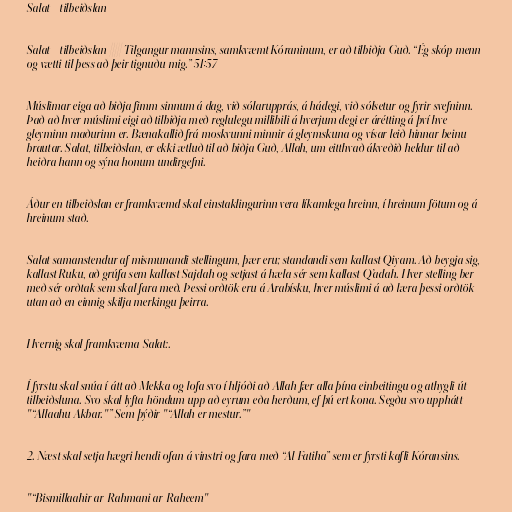
Salat - tilbeiðslan

Salat - tilbeiðslan ― Tilgangur mannsins, samkvæmt Kóraninum, er að tilbiðja Guð. “Ég skóp menn
og vætti til þess að þeir tignuðu mig.” 51:57

Múslimar eiga að biðja fimm sinnum á dag, við sólarupprás, á hádegi, við sólsetur og fyrir svefninn.
Það að hver múslimi eigi að tilbiðja með reglulegu millibili á hverjum degi er árétting á því hve
gleyminn maðurinn er. Bænakallið frá moskvunni minnir á gleymskuna og vísar leið hinnar beinu
brautar. Salat, tilbeiðslan, er ekki ætluð til að biðja Guð, Allah, um eitthvað ákveðið heldur til að
heiðra hann og sýna honum undirgefni.

Áður en tilbeiðslan er framkvæmd skal einstaklingurinn vera líkamlega hreinn, í hreinum fötum og á
hreinum stað.

Salat samanstendur af mismunandi stellingum, þær eru; standandi sem kallast Qiyam. Að beygja sig,
kallast Ruku, að grúfa sem kallast Sajdah og setjast á hæla sér sem kallast Q’adah. Hver stelling ber
með sér orðtak sem skal fara með. Þessi orðtök eru á Arabísku, hver múslimi á að læra þessi orðtök
utan að en einnig skilja merkingu þeirra.

Hvernig skal framkvæma Salat:.

Í fyrstu skal snúa í átt að Mekka og lofa svo í hljóði að Allah fær alla þína einbeitingu og athygli út
tilbeiðsluna. Svo skal lyfta höndum upp að eyrum eða herðum, ef þú ert kona. Segðu svo upphátt
"“Allaahu Akbar."” Sem þýðir "“Allah er mestur.”"

2. Næst skal setja hægri hendi ofan á vinstri og fara með “Al Fatiha” sem er fyrsti kafli Kóransins.

"“Bismillaahir ar-Rahmani ar-Raheem"